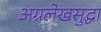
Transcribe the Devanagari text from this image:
अग्रलेखसुद्धा